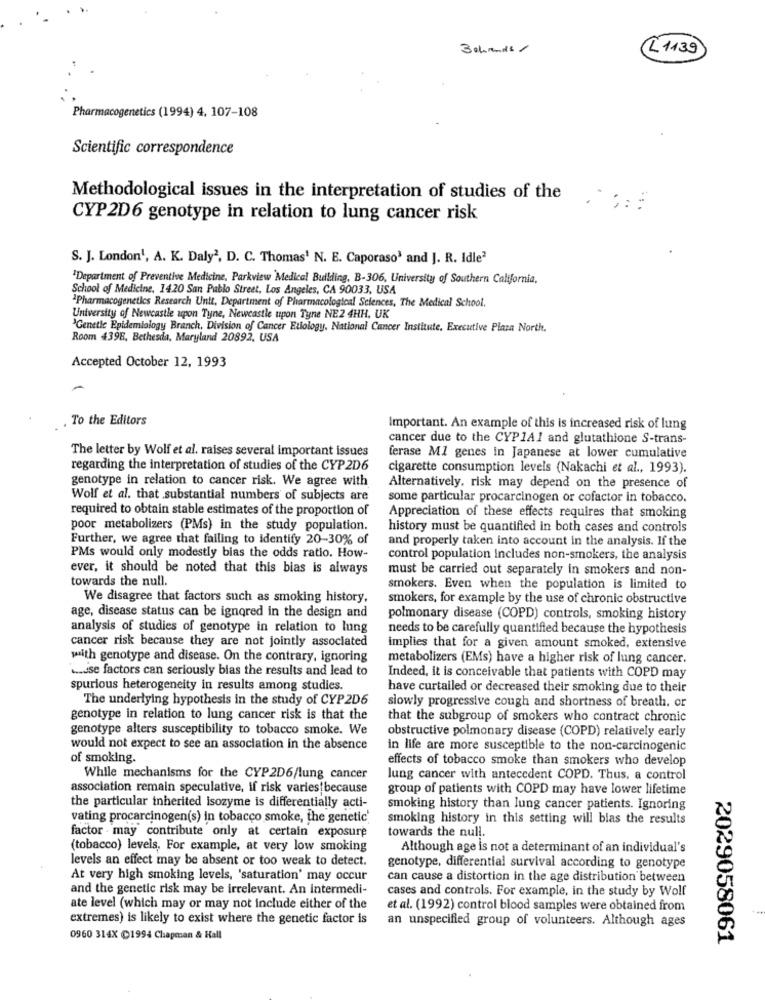
3ehands /
L1139
Pharmacogenetics (1994) 4, 107-108
Scientific correspondence
Methodological issues in the interpretation of studies of the .
CYP2D6 genotype in relation to lung cancer risk
S. J. London', A. K. Daly2, D. C. Thomas1 N. E. Caporaso3 and J. R. Idle2
'Department of Preventive Medicine, Parkview Medical Building, B-306, University of Southern California,
School of Medicine, 1420 San Pablo Street, Los Angeles, CA 90033, USA
Pharmacogenetics Research Unit, Department of Pharmacological Sciences, The Medical School.
University of Newcastle upon Tyne, Newcastle upon Tyne NE2 4HH, UK
'Genetic Epidemiology Branch, Division of Cancer Etiology, National Cancer Institute, Executive Plaza North.
Room 439E. Bethesda, Maryland 20892, USA
Accepted October 12, 1993
. To the Editors
Important. An example of this is increased risk of lung
cancer due to the CYP1AI and glutathione S-trans-
The letter by Wolf et al. raises several important issues
ferase MI genes in Japanese at lower cumulative
regarding the interpretation of studies of the CYP2D6
cigarette consumption levels (Nakachi et al ., 1993).
genotype in relation to cancer risk. We agree with
Alternatively, risk may depend on the presence of
Wolf et al. that substantial numbers of subjects are
some particular procarcinogen or cofactor in tobacco.
required to obtain stable estimates of the proportion of
Appreciation of these effects requires that smoking
poor metabolizers (PMs) in the study population.
history must be quantified in both cases and controls
Further, we agree that failing to identify 20-30% of
and properly taken into account in the analysis. If the
PMs would only modestly bias the odds ratio. How-
control population Includes non-smokers, the analysis
ever, it should be noted that this bias is always
must be carried out separately in smokers and non-
towards the null.
smokers. Even when the population is limited to
We disagree that factors such as smoking history.
smokers, for example by the use of chronic obstructive
age, disease status can be ignored in the design and
polmonary disease (COPD) controls, smoking history
analysis of studies of genotype in relation to lung
needs to be carefully quantified because the hypothesis
cancer risk because they are not jointly associated
implies that for a given amount smoked, extensive
with genotype and disease. On the contrary, ignoring
metabolizers (EMs) have a higher risk of lung cancer.
.... se factors can seriously bias the results and lead to
Indeed, it is conceivable that patients with COPD may
spurious heterogeneity in results among studies.
have curtailed or decreased their smoking due to their
The underlying hypothesis in the study of CYP2D6
slowly progressive cough and shortness of breath, or
genotype in relation to lung cancer risk is that the
that the subgroup of smokers who contract chronic
genotype alters susceptibility to tobacco smoke. We
obstructive polmonary disease (COPD) relatively early
would not expect to see an association in the absence
in life are more susceptible to the non-carcinogenic
of smoking.
effects of tobacco smoke than smokers who develop
While mechanisms for the CYP2D6/lung cancer
lung cancer with antecedent COPD. Thus, a control
association remain speculative, if risk varies!because
group of patients with COPD may have lower lifetime
the particular inherited isozyme is differentially acti-
smoking history than lung cancer patients. Ignoring
vating procarcinogen(s) in tobacco smoke, the genetic'
smoking history in this setting will bias the results
factor - may contribute only at certain exposure
towards the null.
(tobacco) levels, For example, at very low smoking
Although age is not a determinant of an individual's
levels an effect may be absent or too weak to detect.
genotype, differential survival according to genotype
At very high smoking levels, 'saturation' may occur
can cause a distortion in the age distribution between
and the genetic risk may be irrelevant. An intermedi-
cases and controls. For example, in the study by Wolf
ate level (which may or may not include either of the
et al. (1992) control blood samples were obtained from
extremes) is likely to exist where the genetic factor is
an unspecified group of volunteers. Although ages
0960 314X C1994 Chapman & Hall
2029058061